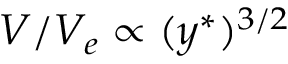
V / V _ { e } \propto ( y ^ { \ast } ) ^ { 3 / 2 }